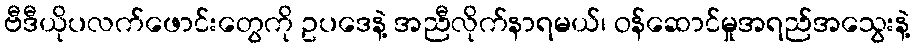
ဗီဒီယိုပလက်ဖောင်းတွေကို ဥပဒေနဲ့ အညီလိုက်နာရမယ်၊ ဝန်ဆောင်မှုအရည်အသွေးနဲ့